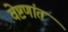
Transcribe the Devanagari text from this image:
वेष्टणांत